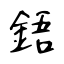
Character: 鋙